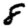
Digit: 8